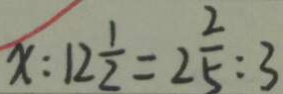
x : 1 2 \frac { 1 } { 2 } = 2 \frac { 2 } { 5 } : 3